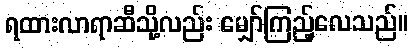
ရထားလာရာဆီသို့လည်း မျှော်ကြည့်လေသည်။